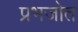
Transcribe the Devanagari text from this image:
प्रभजोत